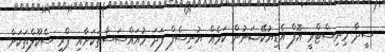
ސީދާ މިނިސްޓްރީ އޮފް އެޑިޔުކޭޝަނުން ކަމެއް ޔުނިސެފް ފަދަ މުއައްސަސާތަކަށާއި ޕްރީ ސްކޫލްތަކަށް